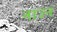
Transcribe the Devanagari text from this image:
नाउन